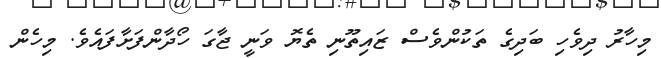
މިހާރު ދިވެހި ބަދިގެ ތަކުންވެސް ޒައިތޫނި ތެޔޮ ވަނީ ޖާގަ ހޯދާންފަށާފައެވެ. މިހެން